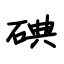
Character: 碘